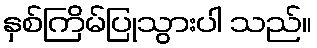
နှစ်ကြိမ်ပြုသွားပါ သည်။